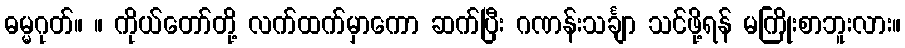
ဓမ္မဂုတ်။ ။ ကိုယ်တော်တို့ လက်ထက်မှာကော ဆက်ပြီး ဂဏန်းသင်္ချာ သင်ဖို့ရန် မကြိုးစာဘူးလား။